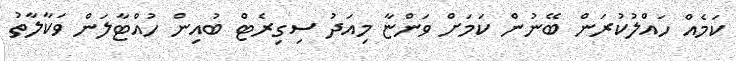
ކަމެއް ހައްލުކުރަން ބޭނުން ކަމަށް ވަންޏާ މިއަދު ސިގިރެޓް ބުއިން ހުއްޓާލަން ވަކާލާތު